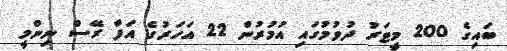
ބައިގެ 200 މީޓަރު ދުވުމުގައި އުމުރުން 22 އަހަރުގެ އަފާ ރޭސް ނިންމީ